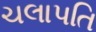
ચલાપતિ